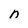
Character: n